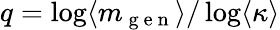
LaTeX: q=\log\langle m_{\mathrm{~g~e~n~}}\rangle/\log\langle\kappa\rangle